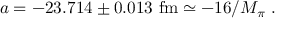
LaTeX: a = - 2 3 . 7 1 4 \pm 0 . 0 1 3 \mathrm { ~ f m } \simeq - 1 6 / M _ { \pi } ~ .